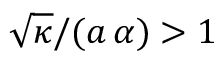
\sqrt { \kappa } / ( a \, \alpha ) > 1